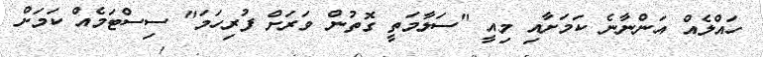
ހައްލެއް އަންނާނެ ކަމަށާއި މިއީ "ސަލާމަތީ ގޮތުން ވަރަށް ފުރިހަމަ" ސިސްޓަމެއް ކަމަށް